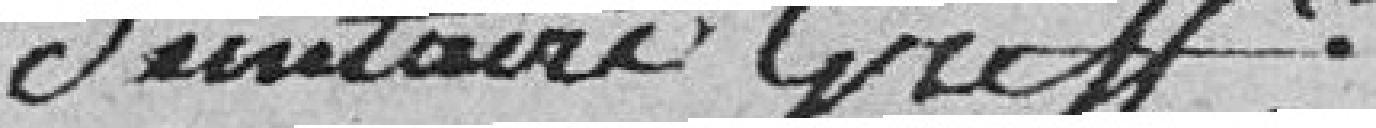
Suntaire greffier